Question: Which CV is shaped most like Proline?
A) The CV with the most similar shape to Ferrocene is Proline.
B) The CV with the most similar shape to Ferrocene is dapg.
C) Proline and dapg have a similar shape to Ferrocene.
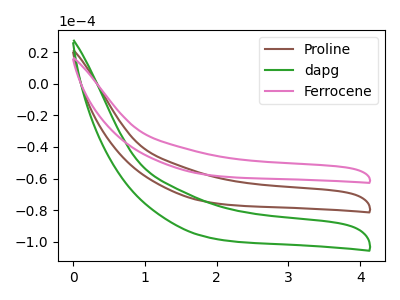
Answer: <think>The brown curve "Proline" has no peaks. The green curve "dapg" has no peaks. The pink curve "Ferrocene" has no peaks.
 Neither "Proline" or "dapg" have any peaks. Neither "Proline" or "Ferrocene" have any peaks. Neither "dapg" or "Ferrocene" have any peaks.</think>
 <answer>C) "Proline" and "dapg" have a similar shape to "Ferrocene".</answer>
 <eval>C</eval>